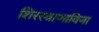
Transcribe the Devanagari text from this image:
शिरस्त्राणाविना